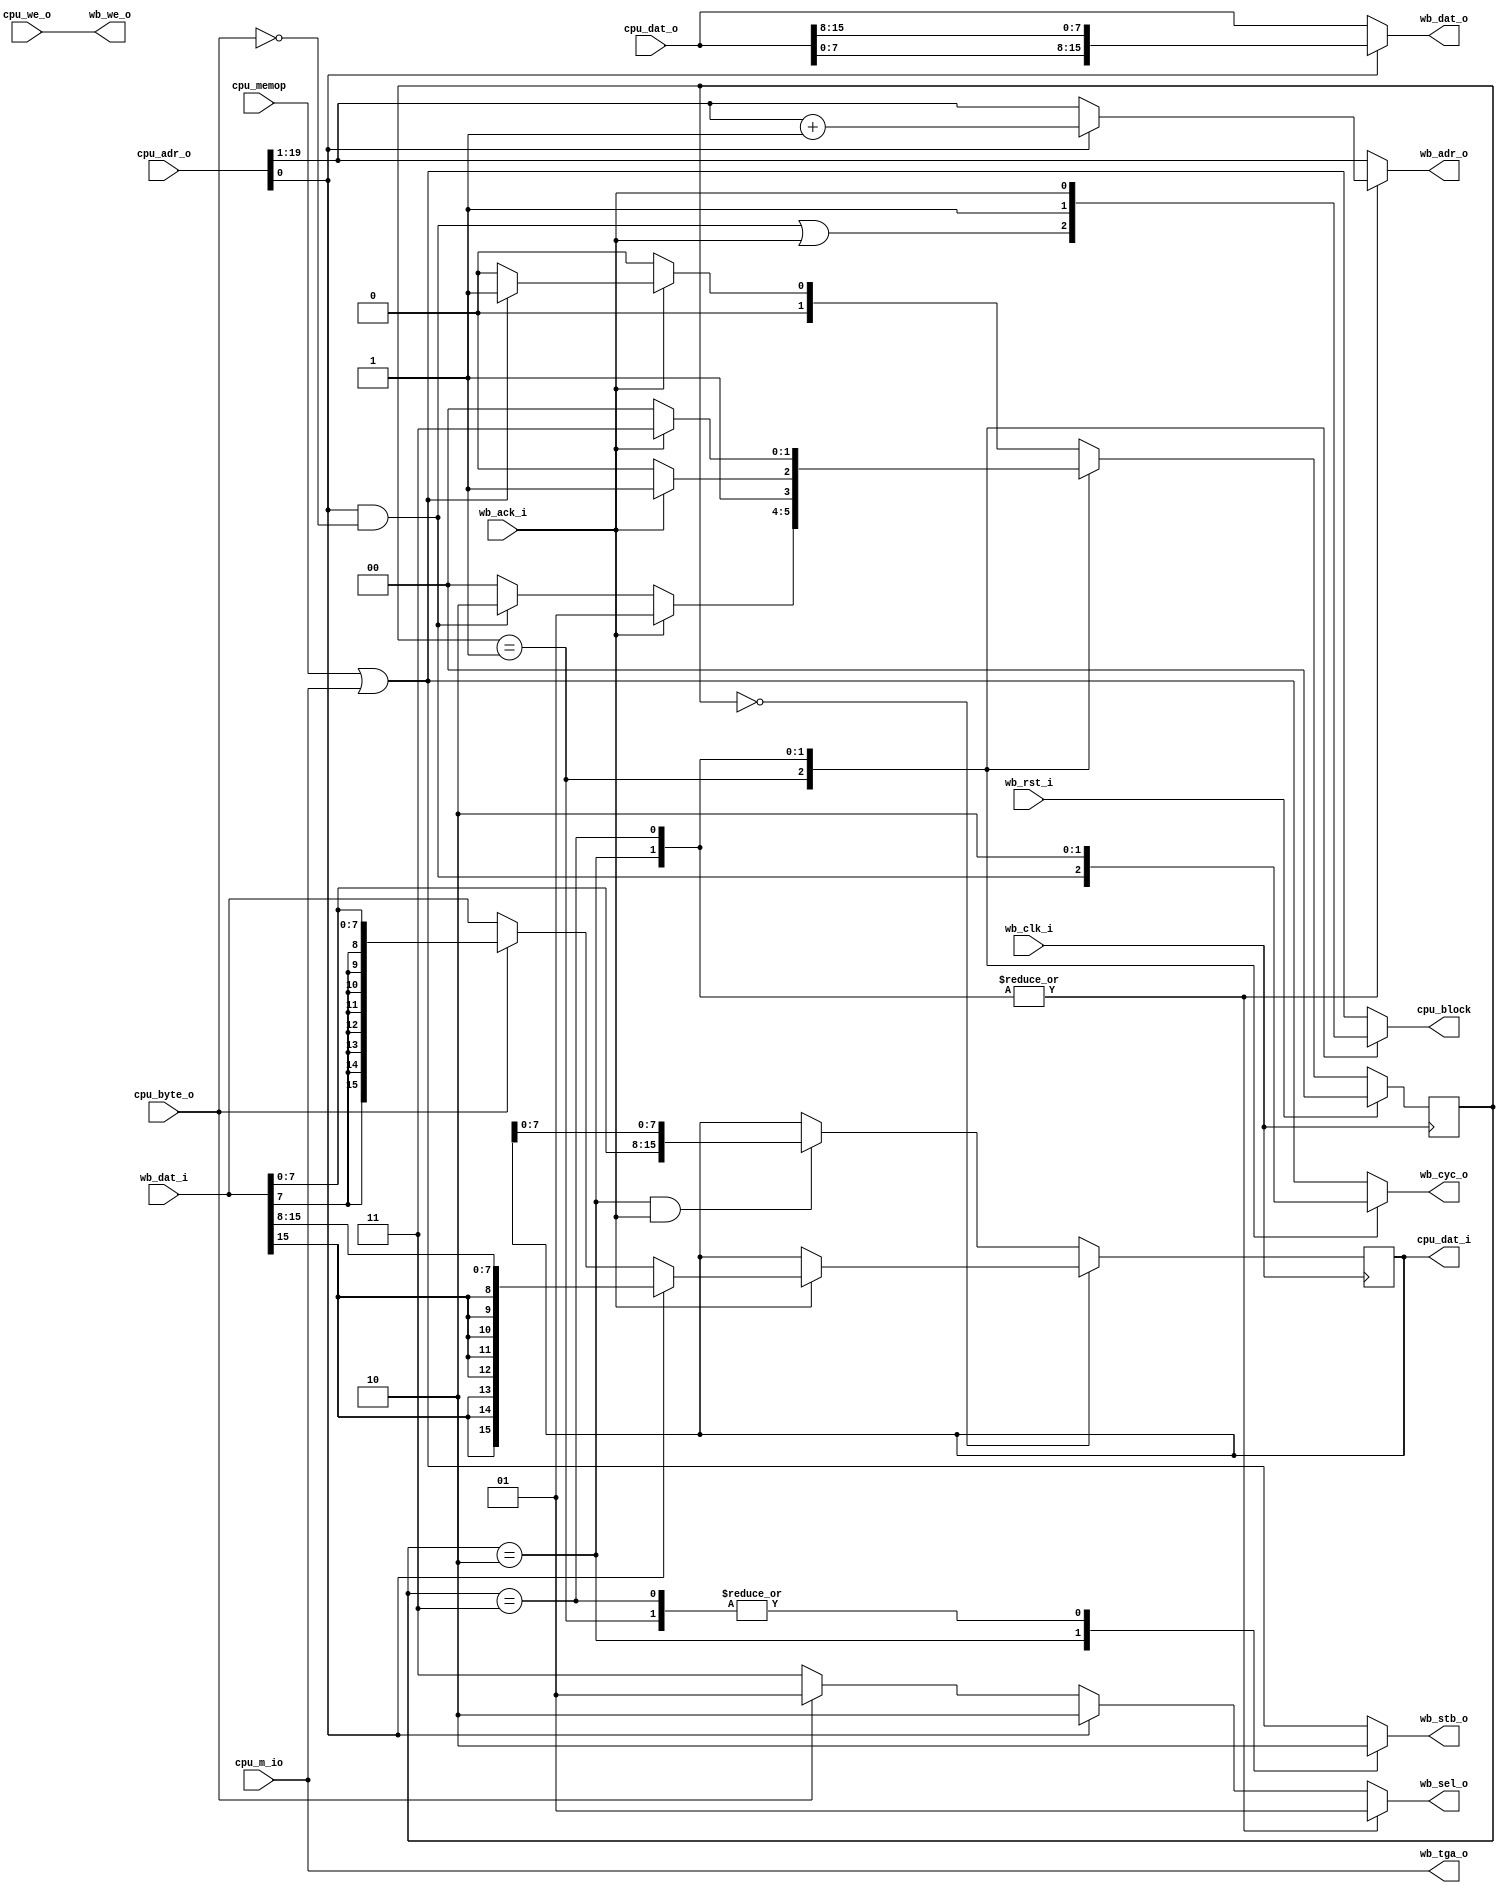
module wb_master (
    input             cpu_byte_o,
    input             cpu_memop,
    input             cpu_m_io,
    input      [19:0] cpu_adr_o,
    output reg        cpu_block,
    output reg [15:0] cpu_dat_i,
    input      [15:0] cpu_dat_o,
    input             cpu_we_o,
    input             wb_clk_i,
    input             wb_rst_i,
    input      [15:0] wb_dat_i,
    output     [15:0] wb_dat_o,
    output reg [19:1] wb_adr_o,
    output            wb_we_o,
    output            wb_tga_o,
    output reg [ 1:0] wb_sel_o,
    output reg        wb_stb_o,
    output reg        wb_cyc_o,
    input             wb_ack_i
  );
  reg  [ 1:0] cs; 
  wire        op; 
  wire        odd_word; 
  wire        a0;  
  wire [15:0] blw; 
  wire [15:0] bhw; 
  wire [19:1] adr1; 
  wire [ 1:0] sel_o; 
  parameter [1:0]
    cyc0_lo = 3'd0,
    stb1_hi = 3'd1,
    stb1_lo = 3'd2,
    stb2_hi = 3'd3;
  assign op       = (cpu_memop | cpu_m_io);
  assign odd_word = (cpu_adr_o[0] & !cpu_byte_o);
  assign a0       = cpu_adr_o[0];
  assign blw      = { {8{wb_dat_i[7]}}, wb_dat_i[7:0] };
  assign bhw      = { {8{wb_dat_i[15]}}, wb_dat_i[15:8] };
  assign adr1     = a0 ? (cpu_adr_o[19:1] + 1'b1)
                       : cpu_adr_o[19:1];
  assign wb_dat_o = a0 ? { cpu_dat_o[7:0], cpu_dat_o[15:8] }
                       : cpu_dat_o;
  assign wb_we_o  = cpu_we_o;
  assign wb_tga_o = cpu_m_io;
  assign sel_o    = a0 ? 2'b10 : (cpu_byte_o ? 2'b01 : 2'b11);
  always @(posedge wb_clk_i)
    cpu_dat_i <= (cs == cyc0_lo) ?
                   (wb_ack_i ?
                     (a0 ? bhw : (cpu_byte_o ? blw : wb_dat_i))
                   : cpu_dat_i)
                 : ((cs == stb1_lo && wb_ack_i) ?
                     { wb_dat_i[7:0], cpu_dat_i[7:0] }
                   : cpu_dat_i);
  always @(*)
    case (cs)
      default:
        begin
          cpu_block <= op;
          wb_adr_o  <= cpu_adr_o[19:1];
          wb_sel_o  <= sel_o;
          wb_stb_o  <= op;
          wb_cyc_o  <= op;
        end
      stb1_hi:
        begin
          cpu_block <= odd_word | wb_ack_i;
          wb_adr_o  <= cpu_adr_o[19:1];
          wb_sel_o  <= sel_o;
          wb_stb_o  <= 1'b0;
          wb_cyc_o  <= odd_word;
        end
      stb1_lo:
        begin
          cpu_block <= 1'b1;
          wb_adr_o  <= adr1;
          wb_sel_o  <= 2'b01;
          wb_stb_o  <= 1'b1;
          wb_cyc_o  <= 1'b1;
        end
      stb2_hi:
        begin
          cpu_block <= wb_ack_i;
          wb_adr_o  <= adr1;
          wb_sel_o  <= 2'b01;
          wb_stb_o  <= 1'b0;
          wb_cyc_o  <= 1'b0;
        end
    endcase
  always @(posedge wb_clk_i)
    if (wb_rst_i) cs <= cyc0_lo;
    else
      case (cs)
        default:  cs <= wb_ack_i ? (op ? stb1_hi : cyc0_lo)
                                 : cyc0_lo;
        stb1_hi:  cs <= wb_ack_i ? stb1_hi
                                 : (odd_word ? stb1_lo : cyc0_lo);
        stb1_lo:  cs <= wb_ack_i ? stb2_hi : stb1_lo;
        stb2_hi:  cs <= wb_ack_i ? stb2_hi : cyc0_lo;
      endcase
endmodule